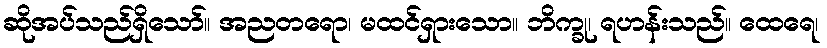
ဆိုအပ်သည်ရှိသော်။ အညတရော၊ မထင်ရှားသော။ ဘိက္ခု၊ ရဟန်းသည်။ ထေရေ၊